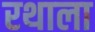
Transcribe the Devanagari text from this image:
रथाला